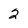
Character: 2